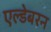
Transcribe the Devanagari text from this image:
एल्डेबरन